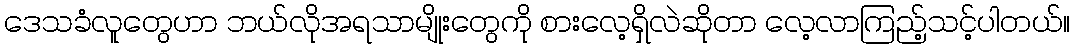
ဒေသခံလူတွေဟာ ဘယ်လိုအရသာမျိုးတွေကို စားလေ့ရှိလဲဆိုတာ လေ့လာကြည့်သင့်ပါတယ်။